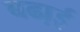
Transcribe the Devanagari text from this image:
बढा़ई